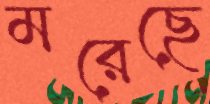
মরেছে